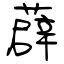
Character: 薜